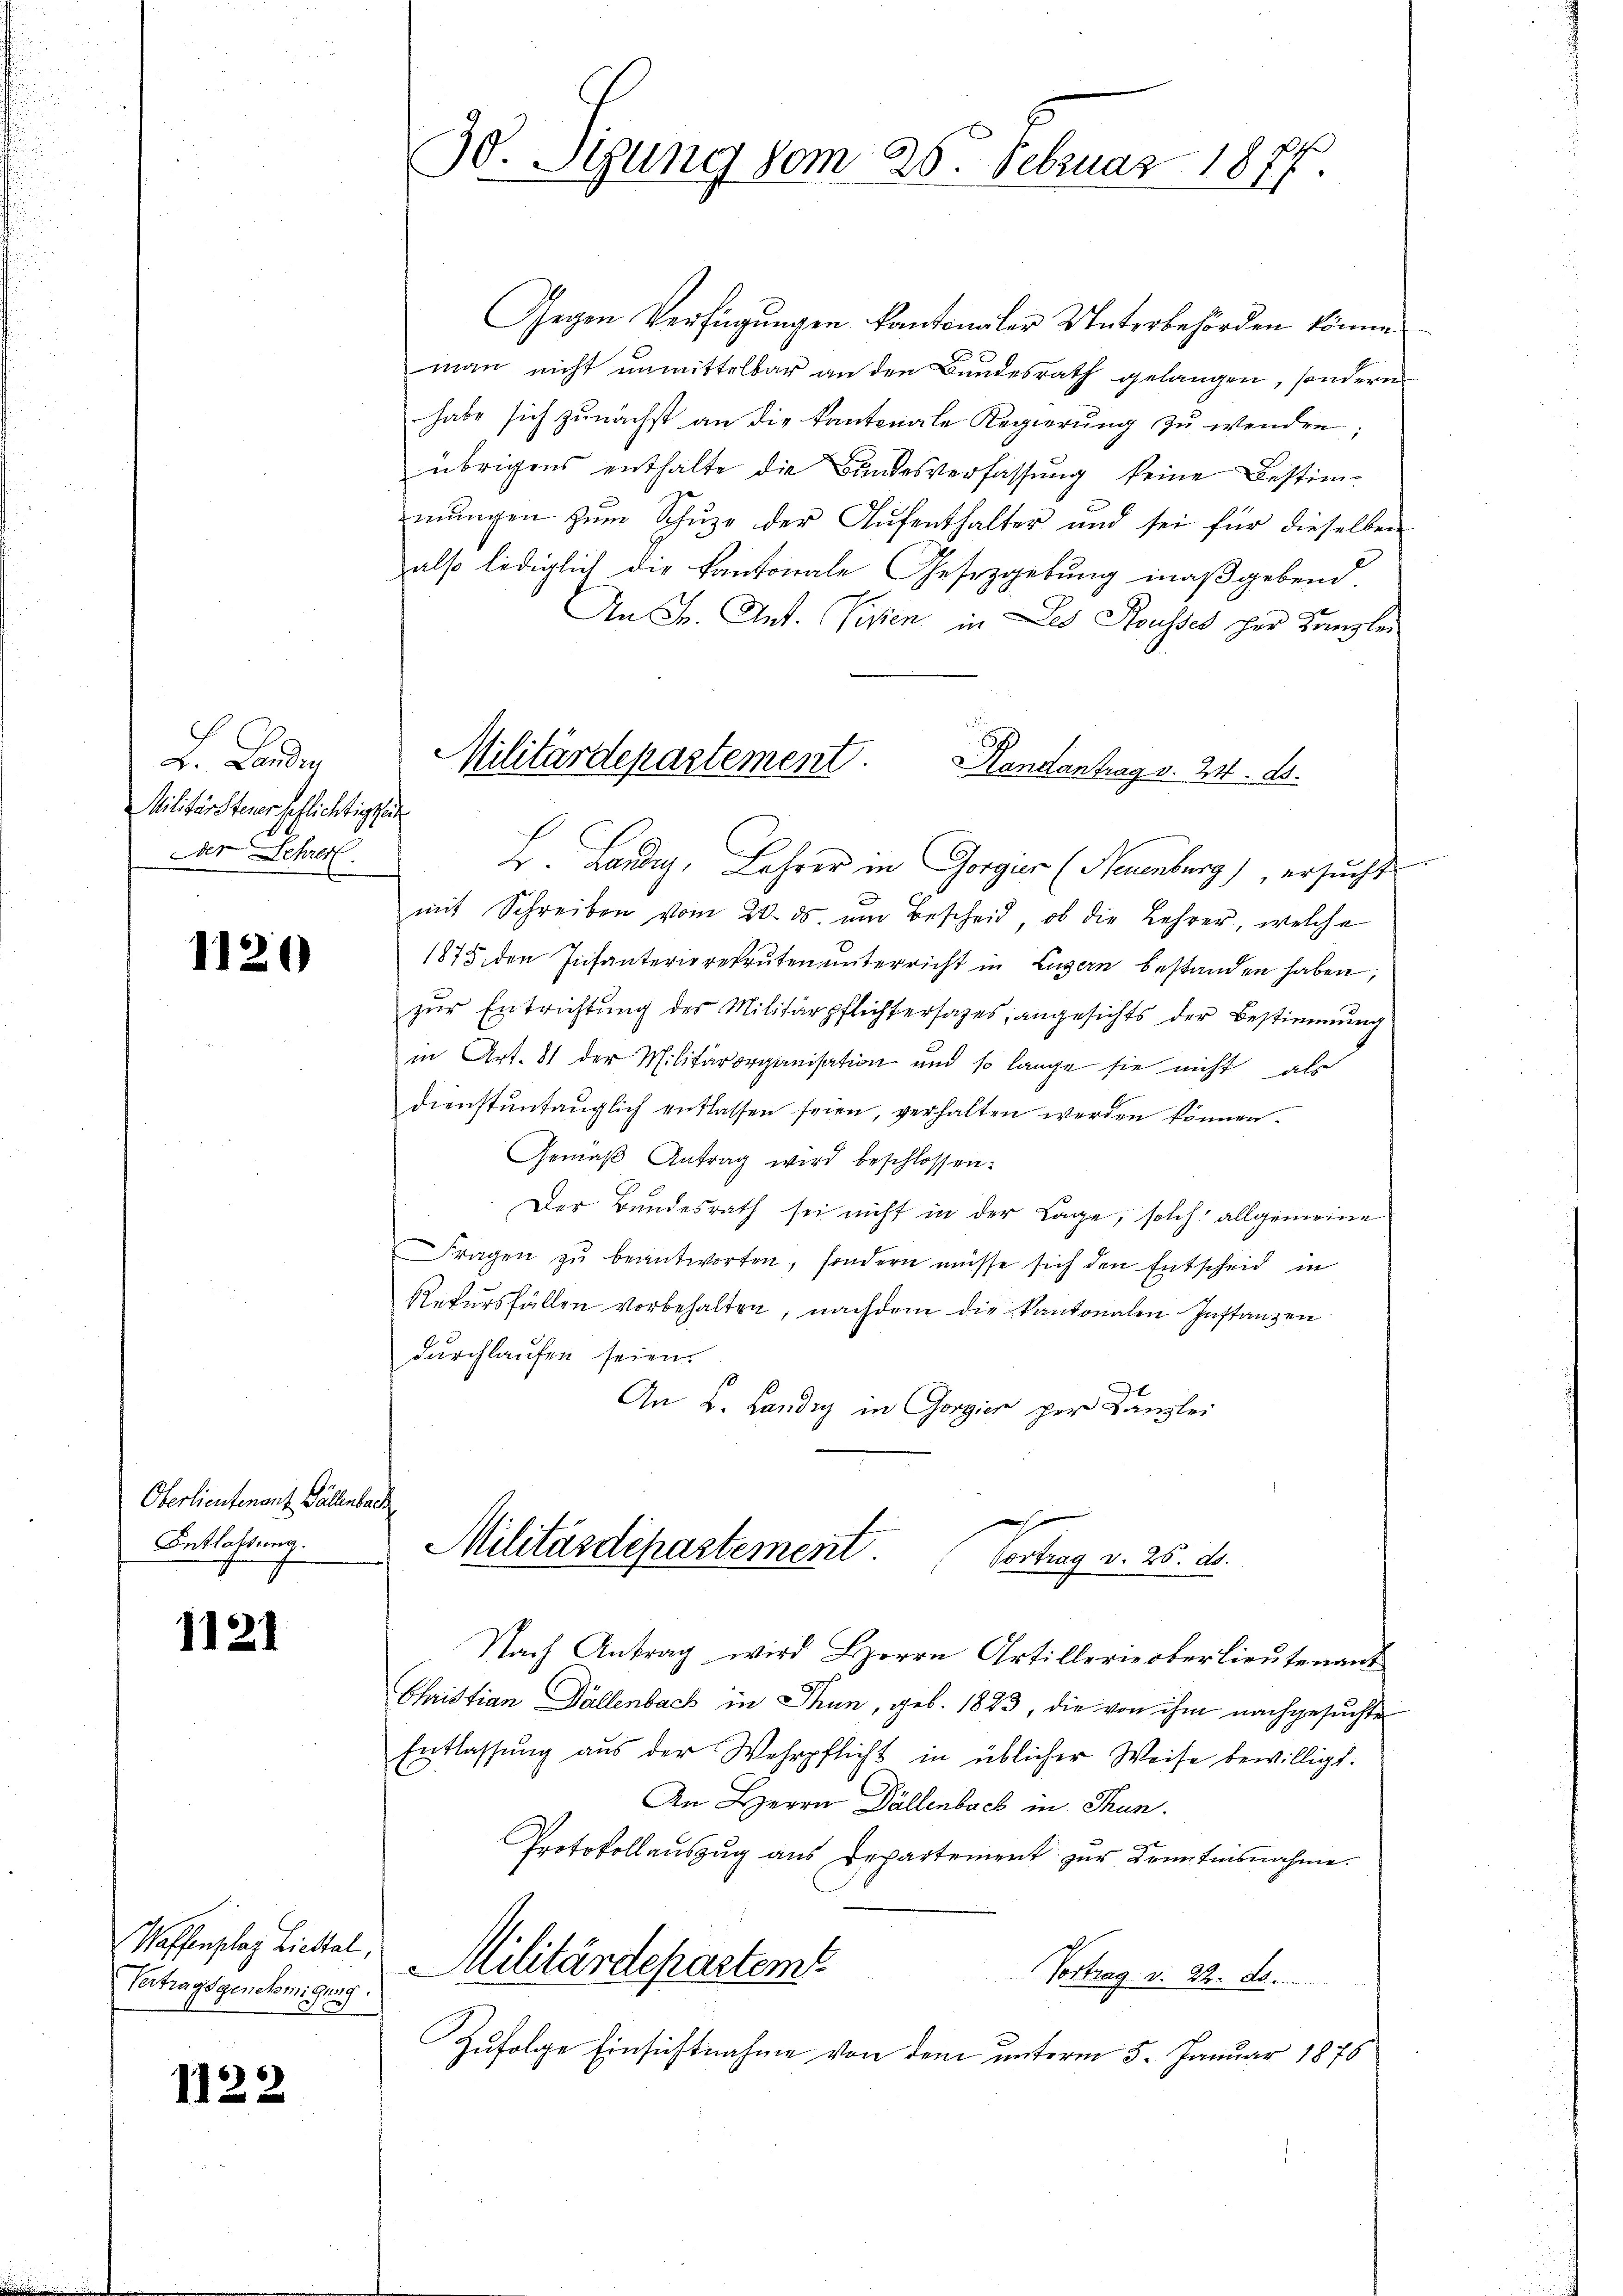
Landg
Militärsteuer heflichtigkeit
Der Lehrer

1120

Oberlieutenant Fällenbach
Entlaßung.

1121

Waffenplaz Liestal,
Vertrags genehmigung

1122

Gegen Verfügungen kantonaler Unterbehörden könne.
man nicht unmittelbar an den Bundesrath gelangen, sondern
habe sich zunächst an die kantonale Regierung zu wenden;
übrigens enthalte die Bundesverfassung keine Bestimmŭngen zŭm Schŭze der Aŭfenthalter und sei für dieselben
also lediglich die Kantonale Gesetzgebung maßgebend
An Fr. Ant. Vissen, in Des Housses her Kanzlei
B. Landig, Lehrer in Gorgus (Neuenburg), ersucht
mit Schreiben vom 24. ds. um Bescheid, ob die Lehrer, welche
1878, den Infanterierekruten unterricht in Lugan bestanden haben,
zur Entrichtung des Militärpflichtersages, angesichts der Bestimmung
in Art. 81 der Militärorganisation und so lange sie nicht als
dienstuntauglich entlassen seien, verhalten werden können.
Gemäβ Antrag wird beschlossen:
Der Bundesrath sei nicht in der Lage, solch allgemeine
Fragen zŭ beantworten, sondern müsse sich den Entscheid in
Rekursfällen vorbehalten, nachdem die Kantonalen Instanzen
durchlaufen seien.
An L. Landig in Gorgien per Kanzlei

30. Sizung vom 26. Februar 1877.

Militärdepartement
andantrag v. 24. ds.

Militärdepartement
Vortrag v. 25. ds.

Nach Antrag wird Herrn Artillerieberlieŭtenant
Christian Fällenbach in Thun, geb. 1893, die von ihm nachgesuchte
Entlassung aus der Wehrpflicht in üblicher Weise bewilligt.
An Herrn Dällenbach in Thun.
Protokollauszug aus Departement zur Kenntnisnahme.
Militärdepartemt
Vortrag v. 22. d.
Zufolge Einsichtnahme von dem unterm 5. Januar 1876